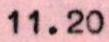
11.20